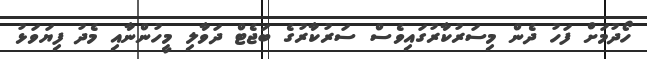
ހޯދުމަށް ފަހު ދެން މިސަރުކާރުގައިވެސް ސަރުކާރުގެ ބަޖެޓް ދަވާލި މީހުންނާއި މެދު ފިޔަވަޅު